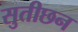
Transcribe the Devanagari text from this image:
सुतीछन